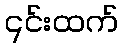
၎င်းထက်